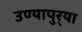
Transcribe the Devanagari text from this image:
उण्यापुर्‍या